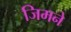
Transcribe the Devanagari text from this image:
जिमने